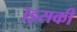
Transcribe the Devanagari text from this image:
।इसकी